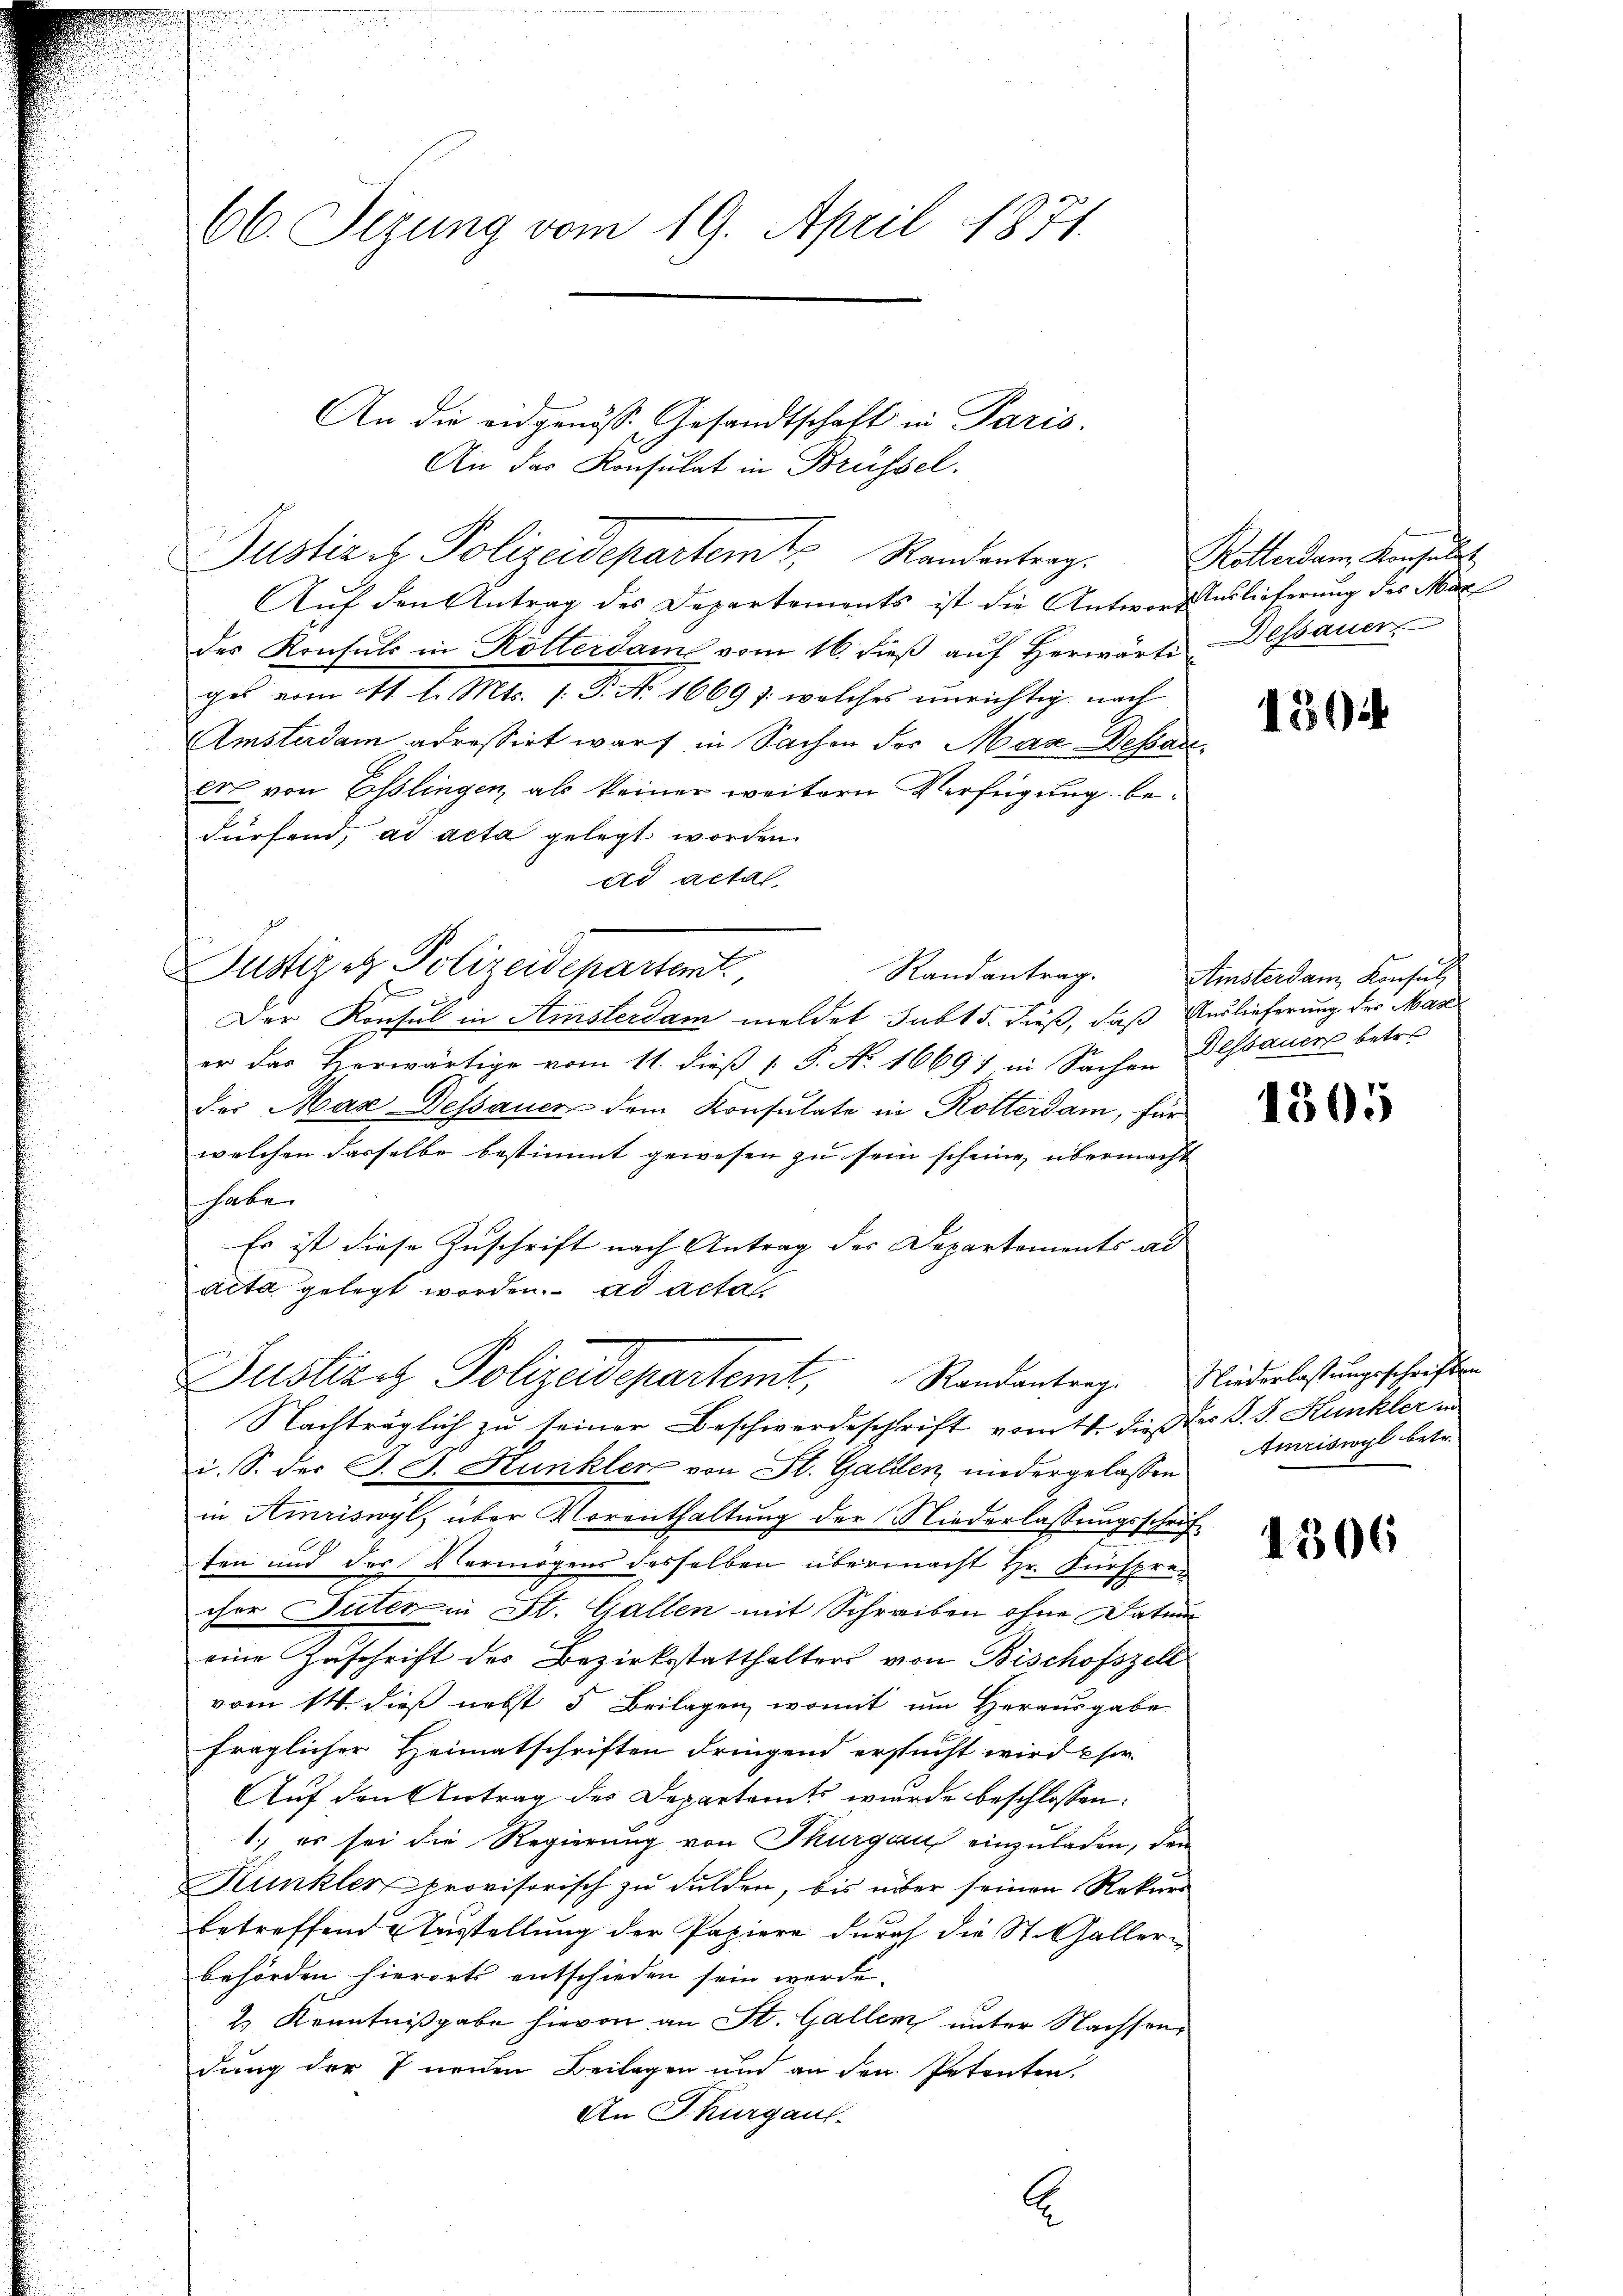
66. Sizung vom 19. April 1871.

An die eidgenöss Gesandtschaft in Paris.
An das Konsulat in Brüssel.
Justiz & Polizeidepartemt, Randentrag.
Auf den Antrag des Departements ist die Antwort Auslieferung des Mar
des Konsuls in Kötterdame vom 16. dieβ aŭf herwärte Dessauer
ges vom 11. l. Mts. s. S. N. 16691. welches unrichtig nach
Amsterdam adressirt wart in Sachen der Max Depart.
er von Esslingen, als keiner weitern Verfügung bedürfend, ad acta gelegt worden.
ad actal
Justiz & Polizeidchartent
Randantrag.
1
Der Konsul in Amsterdam meldet subt 5. dieß, daß Auslieferung der Maser das herwärtige vom 11. dieβ  P. Nr. 16697 in Sachen Dessauers betre
des Max Dessauer dem Konsulate in Rotterdam, für
welchen dasselbe bestimmt gewesen zu sein scheine übermacht
habe.
Es ist diese Zuschrift nach Antrag des Departements ad
acta gelegt worden. ad actat
Justiziz Polizeidepartemt, Randantrag. Wiederlassungsschriften
Nachträglich zu seiner Beschwerdeschrift vom 11. dieß der S. S. Kunkler in
i. S. der J. G. Kunkler von St. Gallen, niedergelassen
in Amriswyl, über Vorenthaltung der Niederlassungsschrif
ten und des Vermögens desselben übermacht Hr. Fürsprecher Suter in St. Gallen mit Schreiben ohne Datum
eine Zuschrift des Bezirksstatthalters von Bischofszell
vom 14. dieß nebst 5 Beilagen, womit um Herausgabe
fraglicher Heimatschriften dringend ersucht wird Chor
Auf den Antrag des Departamts wurde beschlossen:
1.) es sei die Regierung von Thurgau einzuladen, den
Kunkler provisorisch zu dulden, bis über seinen Rekurs
betreffend Ausstellung der Papiere durch die St. Galler-
behörden hierorts entschieden sein werde.
2.) Kenntnißgabe hievon an St. Gallen unter Nachsendung der 7 neiden Beilagen und an den Petenten,
An Thurgaus.
E

Rotterdam Konsult

1504

Ainsterdam Konsul

1505

Amriswyl betr.

1306